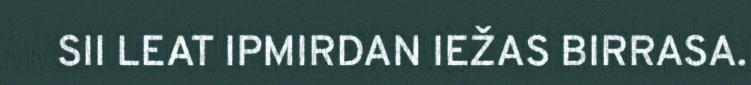
SII LEAT IPMIRDAN IEŽAS BIRRASA.